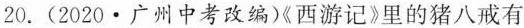
20.(2020·广州中考改编《西游记》里的猪八戒有